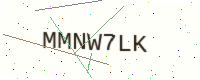
Text: MMNW7LK